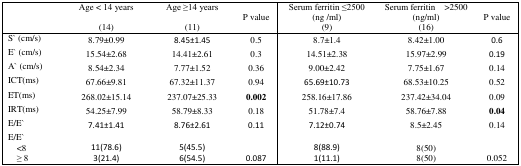
|  | Age < 14 years (14) | Age ≥14 years (11) | P value | Serum ferritin ≤2500 (ng/ml) (9) | Serum ferritin >2500 (ng/ml) (16) | P value |
 | --- | --- | --- | --- | --- | --- | --- |
 | S′ (cm/s) | 8.79±0.99 | 8.45±1.45 | 0.5 | 8.7±1.4 | 8.42±1.00 | 0.6 |
 | E′ (cm/s) | 15.54±2.68 | 14.41±2.61 | 0.3 | 14.51±2.38 | 15.97±2.99 | 0.19 |
 | A′ (cm/s) | 8.54±2.34 | 7.77±1.52 | 0.36 | 9.00±2.42 | 7.75±1.67 | 0.14 |
 | ICT(ms) | 67.66±9.81 | 67.32±11.37 | 0.94 | 65.69±10.73 | 68.53±10.25 | 0.52 |
 | ET(ms) | 268.02±15.14 | 237.07±25.33 | 0.002 | 258.16±17.86 | 237.42±34.04 | 0.09 |
 | IRT(ms) | 54.25±7.99 | 58.79±8.33 | 0.18 | 51.78±7.4 | 58.76±7.88 | 0.04 |
 | E/E′ | 7.41±1.41 | 8.76±2.61 | 0.11 | 7.12±0.74 | 8.5±2.45 | 0.14 |
 | E/E′ |  |  |  |  |  |  |
 | <8 | 11(78.6) | 5(45.5) |  | 8(88.9) | 8(50) |  |
 | ≥ 8 | 3(21.4) | 6(54.5) | 0.087 | 1(11.1) | 8(50) | 0.052 |